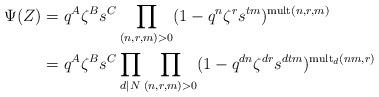
LaTeX: \begin{align*} \Psi(Z) &= q^A \zeta^B s^C \prod_{(n,r, m) > 0} (1 - q^n \zeta^{r} s^{tm})^{\mathrm{mult}(n,r,m)} \\ &= q^A \zeta^B s^C \prod_{d | N} \prod_{(n, r, m) > 0} (1 - q^{dn} \zeta^{dr} s^{dtm})^{\mathrm{mult}_d(nm, r)} \end{align*}